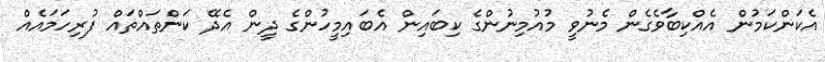
އެކަންކަމުން އެއްކިބާވެގެން މެނުވީ މުއުމިނުންގެ ކިބައިން އެބައިމީހުންގެ ދީން އެދޭ ކަންތައްތައް ފުރިހަމައެއް